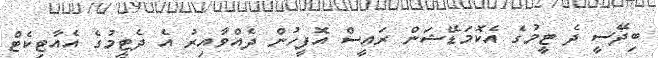
ބިދޭސީ ދެ ޓީމުގެ އެކޮމަޑޭޝަން ރައީސް އޮފީހުން ދެއްވާއިރު އެ ދެޓީމުގެ އެއާޓިކެޓް